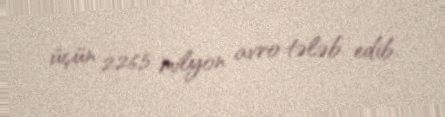
üçün 226,5 milyon avro tələb edib.